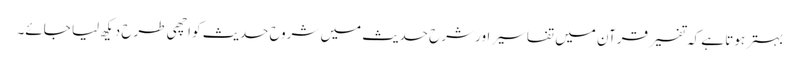
بہتر ہوتا ہے کہ تفسیر قرآن میں تفاسیر اور شرح حدیث میں شروح حدیث کو اچھی طرح دیکھ لیا جائے۔